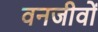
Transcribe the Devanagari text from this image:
वनजीवों